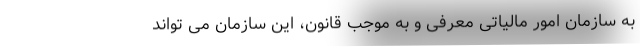
به سازمان امور مالیاتی معرفی و به موجب قانون، این سازمان می تواند